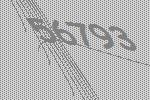
56793